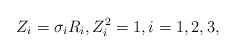
\begin{align*} Z_i=\sigma_i R_i,Z_i^2=1,i=1,2,3,\end{align*}